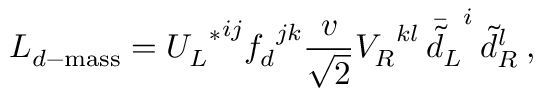
{ \cal L } _ { d - \mathrm { m a s s } } = { { U _ { L } } ^ { \ast } } ^ { i j } { f _ { d } } ^ { j k } \frac { v } { \sqrt { 2 } } { V _ { R } } ^ { k l } \, { \bar { \tilde { d } _ { L } } } ^ { i } \, { \tilde { d } _ { R } } ^ { l } \: ,